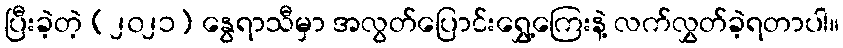
ပြီးခဲ့တဲ့ (၂၀၂၁) နွေရာသီမှာ အလွတ်ပြောင်းရွှေ့ကြေးနဲ့ လက်လွှတ်ခဲ့ရတာပါ။